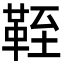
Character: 𩊞